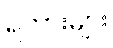
ရဲကားများ